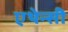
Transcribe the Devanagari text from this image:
एथेन्सी